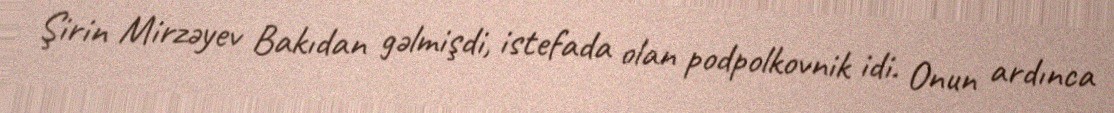
Şirin Mirzəyev Bakıdan gəlmişdi, istefada olan podpolkovnik idi. Onun ardınca